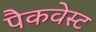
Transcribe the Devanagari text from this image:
पैकवेस्ट